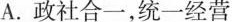
A.政社合一，统一经营